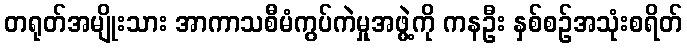
တရုတ်အမျိုးသား အာကာသစီမံကွပ်ကဲမှုအဖွဲ့ကို ကနဦး နှစ်စဉ်အသုံးစရိတ်